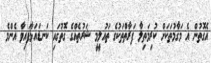
އެގޮތުން އެ މަގާމުތަކަށް ކުރިމަތިލާ ފަރާތްތަކުގެ ތައުލީމީ ޝަރުތެއްގެ ގޮތުގައި ކަނޑައަޅާފައިވާ އެންމެ